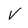
Character: V